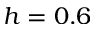
h = 0 . 6